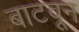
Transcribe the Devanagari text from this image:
बाटवून